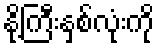
နို့ကြီးနှစ်လုံးကို